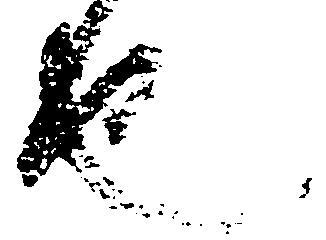
也